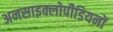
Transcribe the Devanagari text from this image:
अनसाइक्लोपीडियनों